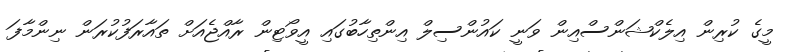
މީގެ ކުރިން އިލެކްޝަންސްއިން ވަނީ ކައުންސިލް އިންތިހާބުގައި އީވޯޓިން ރާއްޖެއަށް ތައާރަފުކުރަން ނިންމާފަ